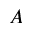
A